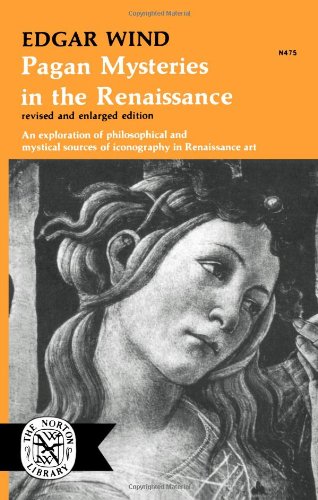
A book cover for Pagan Mysteries in the Renaissance; Edgar Wind; Religion & Spirituality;